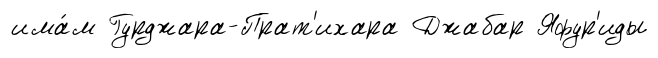
има́м Гурджара-Прат'ихара Джабар Яфур'иды